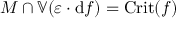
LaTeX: M \cap \mathbb { V } ( \varepsilon \cdot \mathrm { d } f ) = { \mathrm { C r i t } } ( f )